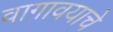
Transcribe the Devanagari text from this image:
वागावयाचे